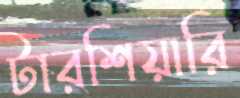
টারশিয়ারি